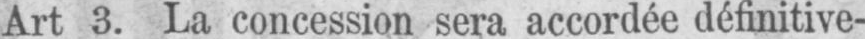
Art 3. La concession sera accordée définitive-